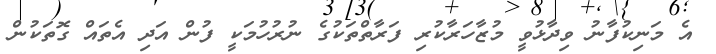
އެ މަނިކުފާނު ވިދާޅުވީ މުޒާހަރާކުރި ފަރާތްތަކުގެ ނުރުހުމަކީ ފުން އަދި އެތައް ގޮތަކުން